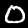
Label: 0